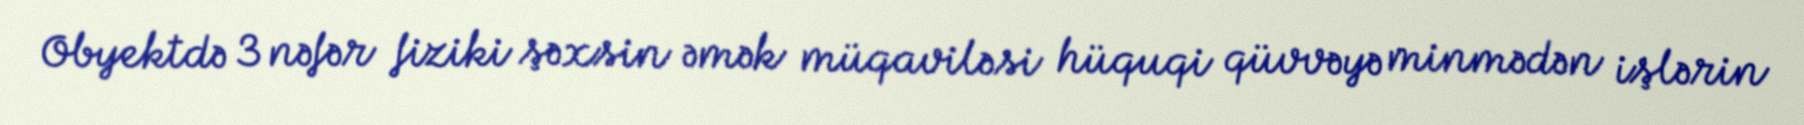
Obyektdə 3 nəfər fiziki şəxsin əmək müqaviləsi hüquqi qüvvəyə minmədən işlərin